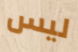
ليس